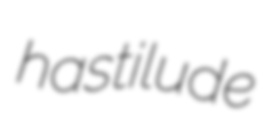
hastilude